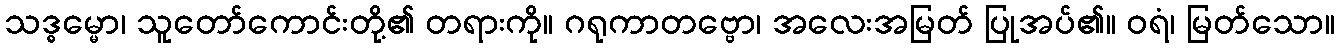
သဒ္ဓမ္မော၊ သူတော်ကောင်းတို့၏ တရားကို။ ဂရုကာတဗ္ဗော၊ အလေးအမြတ် ပြုအပ်၏။ ဝရံ၊ မြတ်သော။